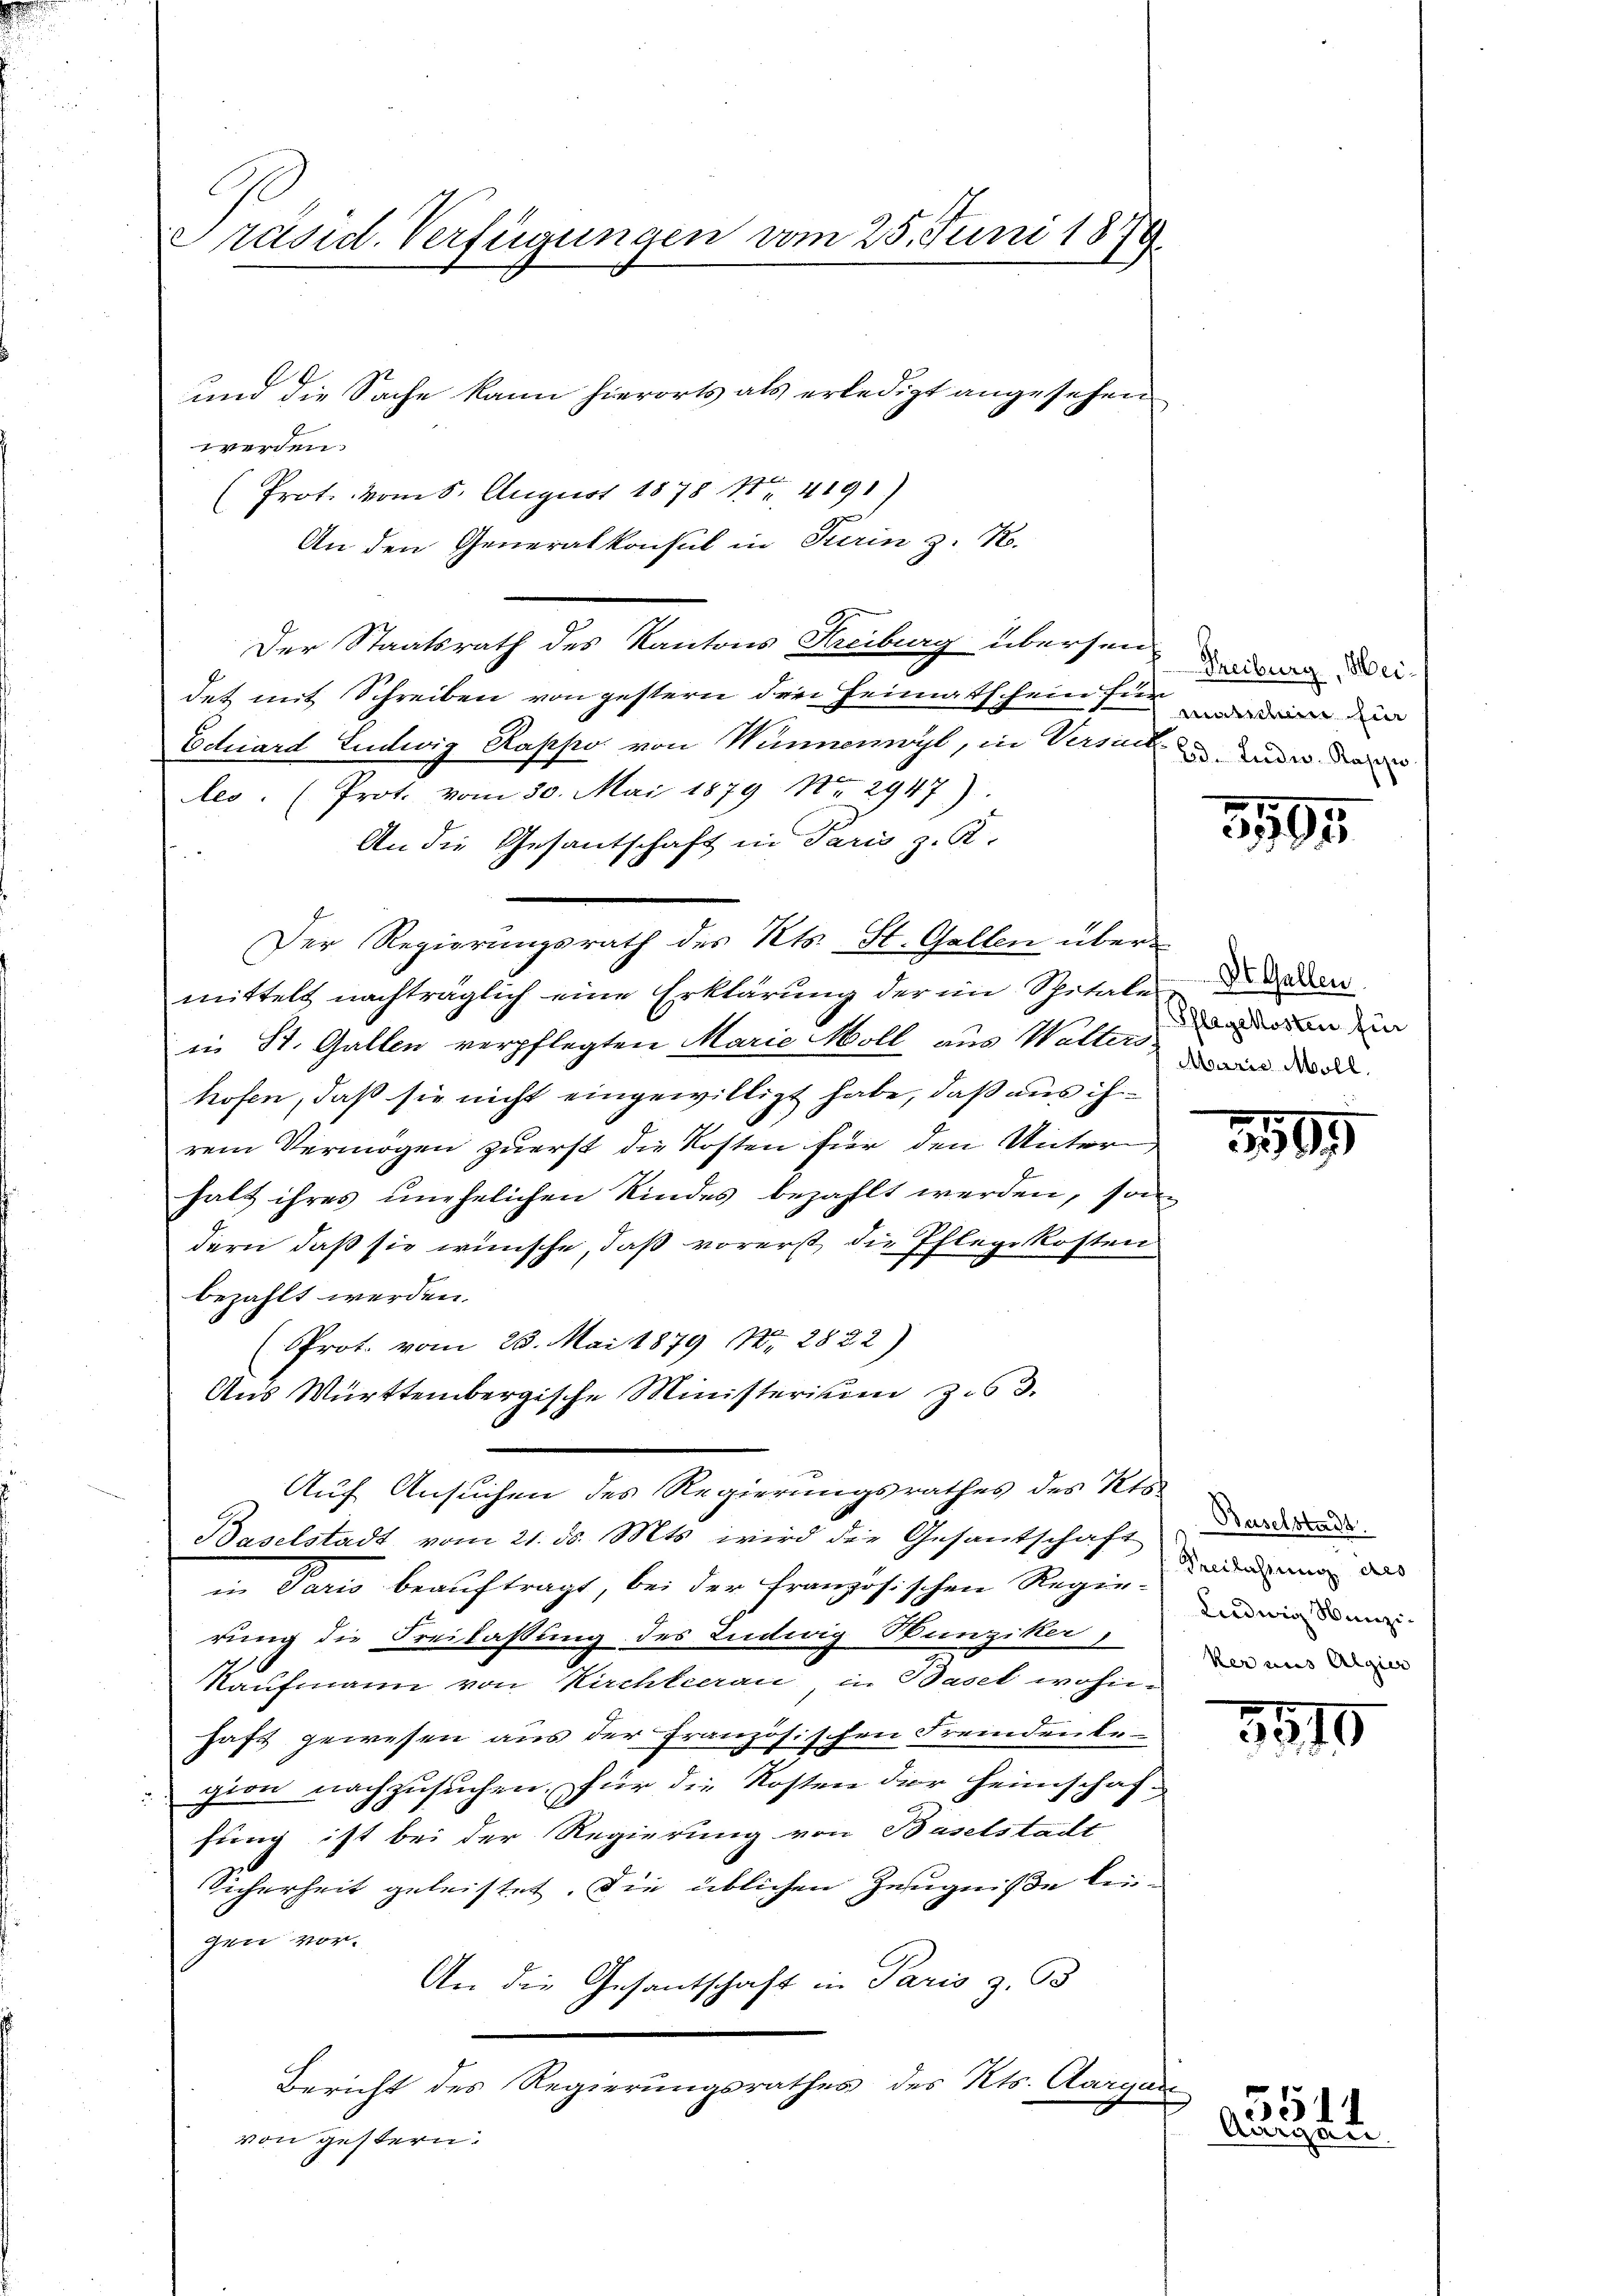
l
Präsid. Verfügungen vom 25. Juni 1876.

und die Sache kann hierorts als erledigt angesehen
werden
(Prot. vom 8. August 1878 1 4191)
An den Generalkonsul in Turin z. R.
Der Staatsrath des Kantons Kreiburg übersen
det mit Schreiben von gestern drei Heimatschein für die die
Echiard Ludwig Rappo von Wunnowyl, in Versich mir dan
les. (Prot. vom 30. Mai 1879 No 2947).
An die Gesantschaft in Paris z. R.
Der Regierungsrath des Kts. St. Gallen über
mittelt nachträglich eine Erklärung der im Spitales de
in St. Gallen verpflegten Marie Moll aus Walters
hofen, daß sie nicht eingewilligt habe, daß aus ihrem Vermögen zuerst die Kosten für den Unter,
halt ihres unehelichen Kindes bezahlt werden, son
dern, daß sie wünsche, daß vorerst die Pflegekosten
bezahlt werden.
Prot. vom 23. Mai 1879 Nr. 2822)
Aus Württembergische Ministerium zu 3.
Auf Ansuchen des Regierungsrathes des Kts.
Baselstadt vom 21. ds. Mts. wird die Gesantschaft der das
in Paris beauftragt, bei der Französischen Regie-
rung die Freilassung des Ludwig Wunziker,
7
h
Kaufmann von Kirchleerau in Basel wohnhaft gewesen aus der Französischen Freindenbe-
gion nachzusuchen, für die Kosten der Heimschaffung ist bei der Regierung von Baselstadt
Sicherheit geleistet. Die üblichen Zeugnisse leigen vor.
An die Gesantschaft in Paris z. B
Bericht des Regierungsrathes des Kts. Aargar
von gestern.

Treiburg, Hei

3195

Pflegekosten für
Marie Moll.

1589

Baselstadt
Ludwig Munzi
ker aus Algier

3515

5511
Aurgen